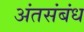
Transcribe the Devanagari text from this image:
अंतसंबंध